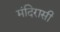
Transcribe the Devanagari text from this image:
मंदिरासी